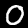
Label: 0